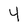
Character: 4